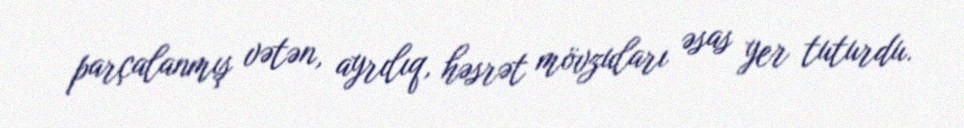
parçalanmış vətən, ayrılıq, həsrət mövzuları əsas yer tuturdu.